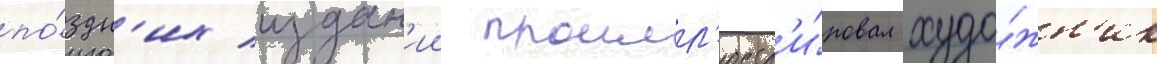
по́здн'их издан'ии проилл'юстр'и́ровал худо́жн'ик